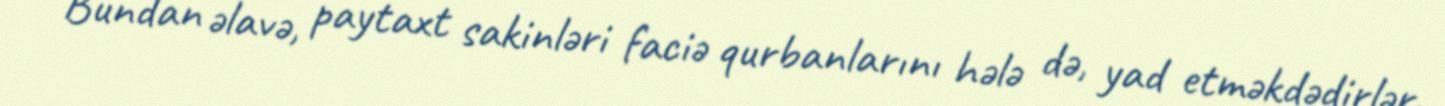
Bundan əlavə, paytaxt sakinləri faciə qurbanlarını hələ də, yad etməkdədirlər.